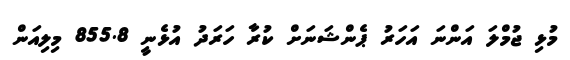
މުޅި ޖުމްލަ އަންނަ އަހަރު ޕެންޝަނަށް ކުރާ ހަރަދު އުޅެނީ 855.8 މިލިއަން